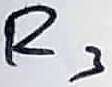
Text: R3